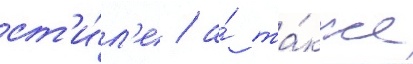
ст'и́л'е / а́ та́кже